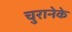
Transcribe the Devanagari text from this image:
चुरानेके